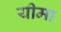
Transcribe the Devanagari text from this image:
यीमा